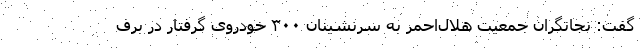
گفت: نجاتگران جمعیت هلال‌احمر به سرنشینان ۳۰۰ خودروی گرفتار در برف